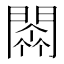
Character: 𨵼